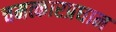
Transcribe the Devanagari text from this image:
चमत्कारप्रधान